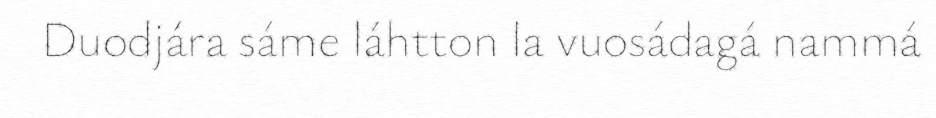
Duodjára sáme láhtton la vuosádagá nammá